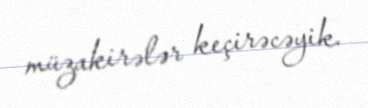
müzakirələr keçirəcəyik.